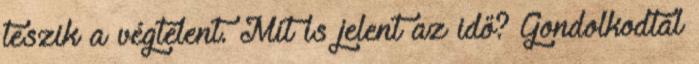
teszik a végtelent. Mit is jelent az idő? Gondolkodtál